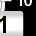
Digit: 1